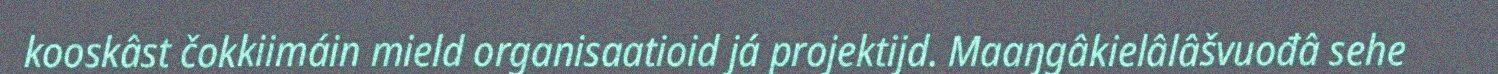
kooskâst čokkiimáin mield organisaatioid já projektijd. Maaŋgâkielâlâšvuođâ sehe